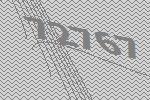
72767